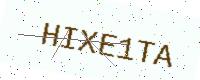
Text: HIXE1TA